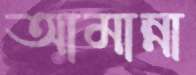
আমান্না